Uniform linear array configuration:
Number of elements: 8
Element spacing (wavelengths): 0.75
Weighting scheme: uniform
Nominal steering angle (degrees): -30
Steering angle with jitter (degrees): -30.842
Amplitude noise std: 0.05
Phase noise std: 0.05

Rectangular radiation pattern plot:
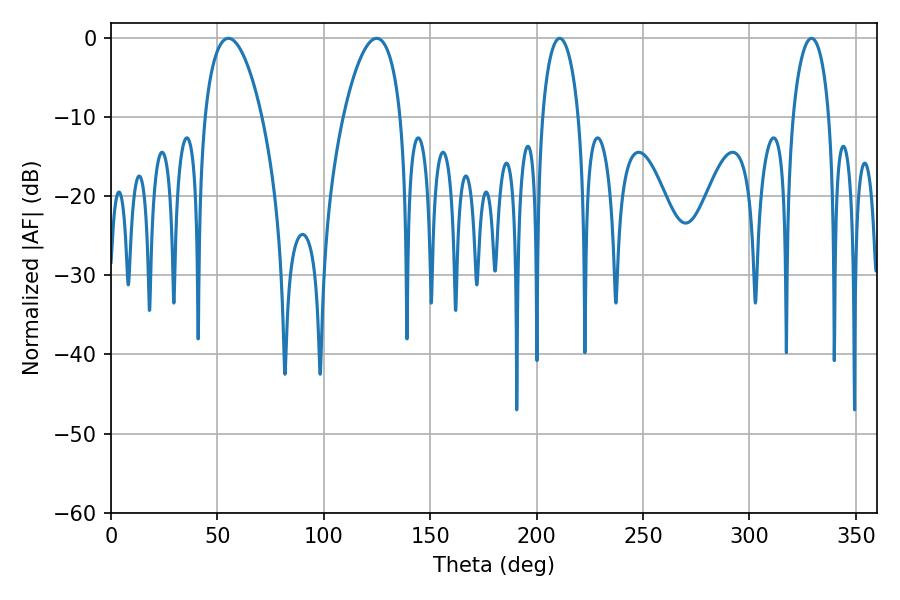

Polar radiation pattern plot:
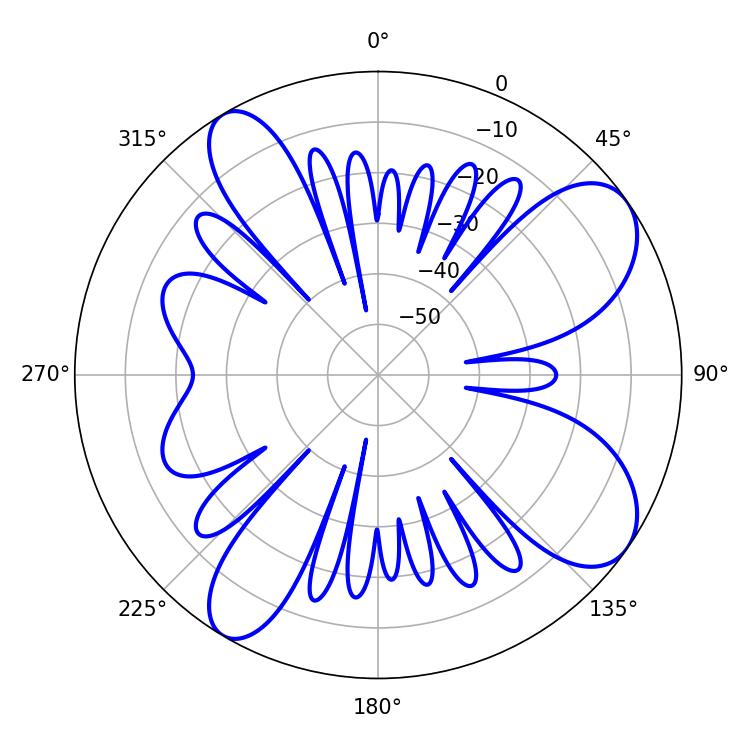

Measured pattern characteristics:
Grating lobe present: TRUE
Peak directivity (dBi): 8.907
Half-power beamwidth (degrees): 9.72
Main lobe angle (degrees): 210.78